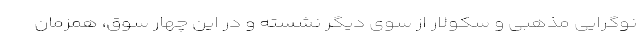
نوگرایی مذهبی و سکولار از سوی دیگر نشسته و در این چهار سوق، همزمان